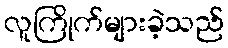
လူကြိုက်များခဲ့သည်